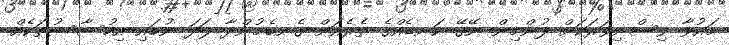
މައުވާ ވިސްނިވަރަކަށް ފުންމިން ނޭގޭ ކަނޑެއްގެ ތެރެއަށް ގެނބެމުންދާ ފަދަ ނުބައި އިހުސާސުތަކެއް